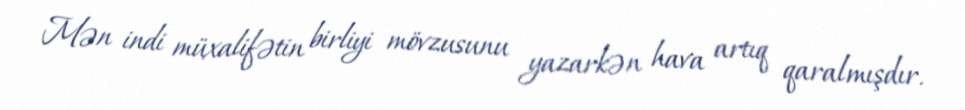
Mən indi müxalifətin birliyi mövzusunu yazarkən hava artıq qaralmışdır.